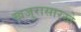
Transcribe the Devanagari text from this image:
खजुरासारखे